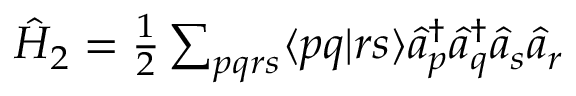
\begin{array} { r } { \hat { H } _ { 2 } = \frac { 1 } { 2 } \sum _ { p q r s } \langle p q | r s \rangle \hat { a } _ { p } ^ { \dagger } \hat { a } _ { q } ^ { \dagger } \hat { a } _ { s } \hat { a } _ { r } } \end{array}